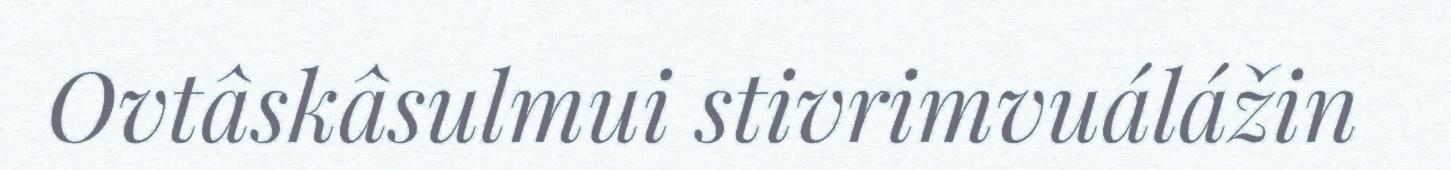
Ovtâskâsulmui stivrimvuálážin